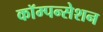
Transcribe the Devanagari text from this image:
कॉम्पन्सेशन